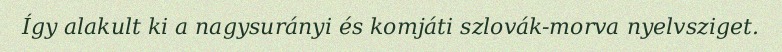
Így alakult ki a nagysurányi és komjáti szlovák-morva nyelvsziget.